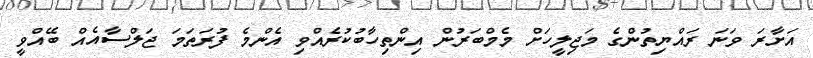
އަށާރަ ވަނަ ރައްޔިތުންގެ މަޖިލީހަށް މެމްބަރުން އިންތިހާބުކުރެއްވި އެންމެ ފުރަތަމަ ޖަލްސާއެއް ބޭއްވީ